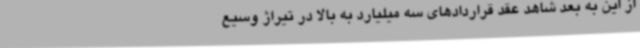
از این به بعد شاهد عقد قراردادهای سه میلیارد به بالا در تیراژ وسیع